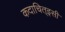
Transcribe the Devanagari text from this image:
कदाचित्‌इसी